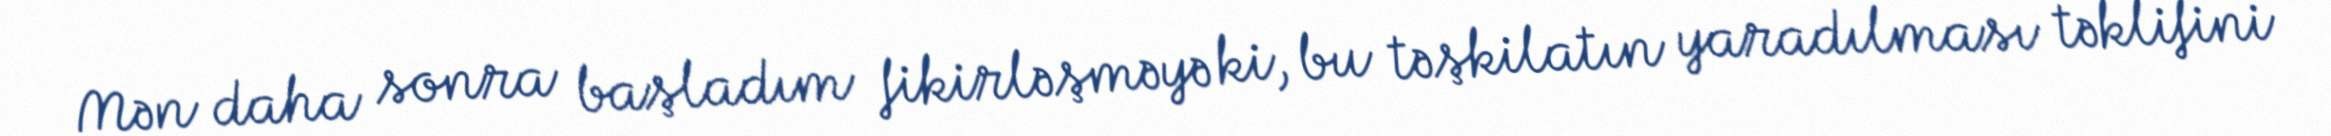
Mən daha sonra başladım fikirləşməyə ki, bu təşkilatın yaradılması təklifini